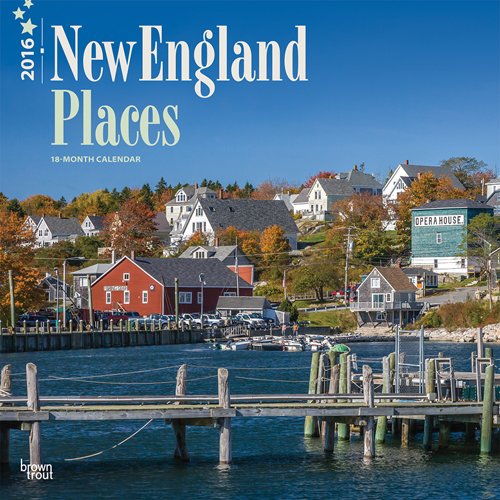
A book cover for New England Places 2016 Square 12x12; Browntrout Publishers; Calendars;